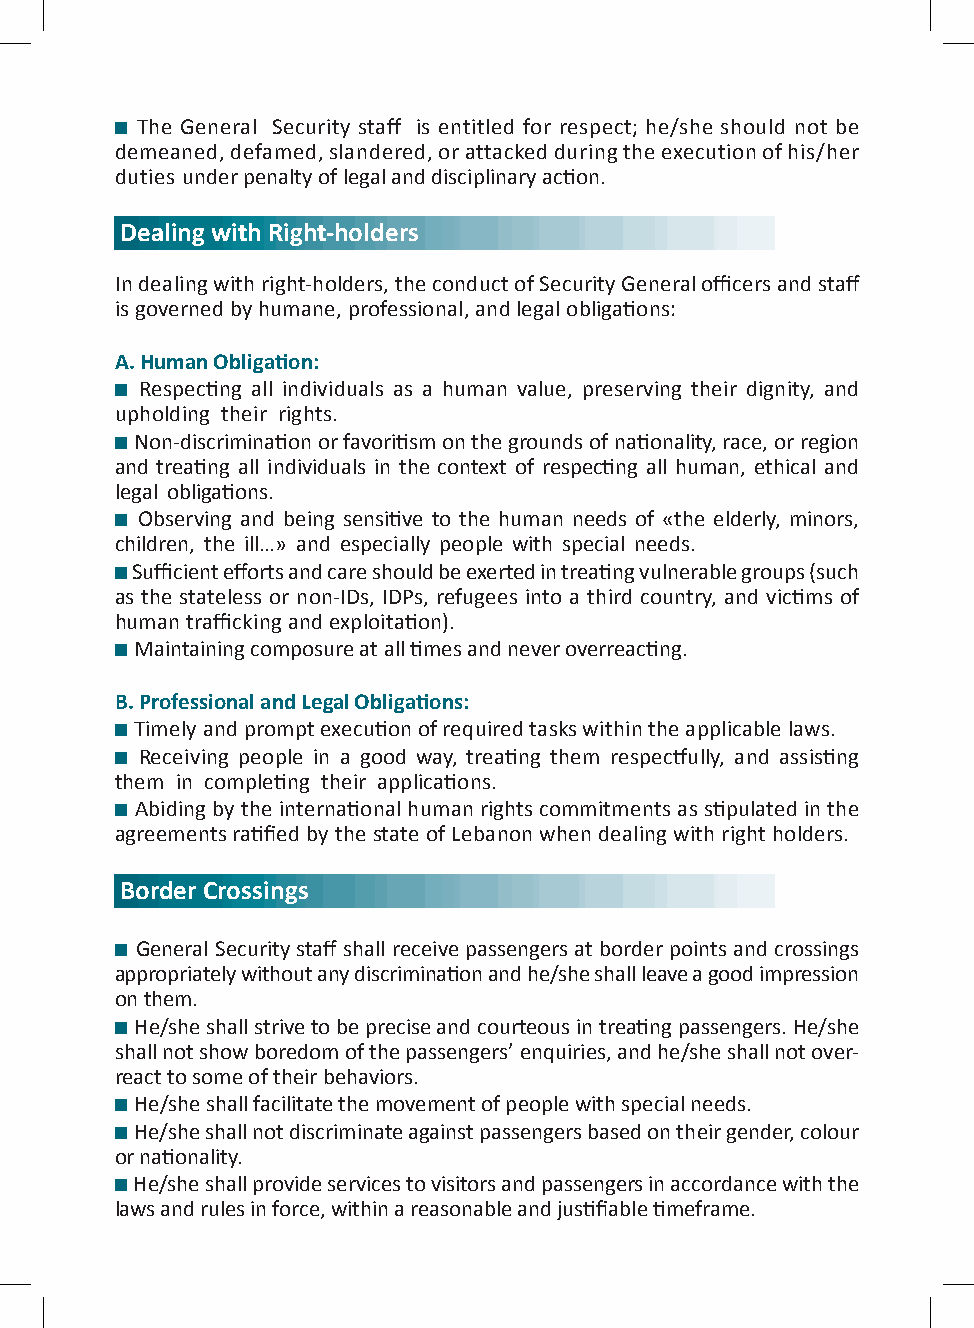
The General Security staff is entitled for respect; he/she should not be
 demeaned, defamed, slandered, or attacked during the execution of his/her
 duties under penalty of legal and disciplinary action.
 Dealing with Right-holders
 In dealing with right-holders, the conduct of Security General officers and staff
 is governed by humane, professional, and legal obligations:
 A. Human Obligation:
 Respecting all individuals as a human value, preserving their dignity, and
 upholding their rights.
 Non-discrimination or favoritism on the grounds of nationality, race, or region
 and treating all individuals in the context of respecting all human, ethical and
 legal obligations.
 Observing and being sensitive to the human needs of «the elderly, minors,
 children, the ill…» and especially people with special needs.
 Sufficient efforts and care should be exerted in treating vulnerable groups (such
 as the stateless or non-IDs, IDPs, refugees into a third country, and victims of
 human trafficking and exploitation).
 Maintaining composure at all times and never overreacting.
 B. Professional and Legal Obligations:
 Timely and prompt execution of required tasks within the applicable laws.
 Receiving people in a good way, treating them respectfully, and assisting
 them in completing their applications.
 Abiding by the international human rights commitments as stipulated in the
 agreements ratified by the state of Lebanon when dealing with right holders.
 Border Crossings
 General Security staff shall receive passengers at border points and crossings
 appropriately without any discrimination and he/she shall leave a good impression
 on them.
 He/she shall strive to be precise and courteous in treating passengers. He/she
 shall not show boredom of the passengers’ enquiries, and he/she shall not over-
 react to some of their behaviors.
 He/she shall facilitate the movement of people with special needs.
 He/she shall not discriminate against passengers based on their gender, colour
 or nationality.
 He/she shall provide services to visitors and passengers in accordance with the
 laws and rules in force, within a reasonable and justifiable timeframe.